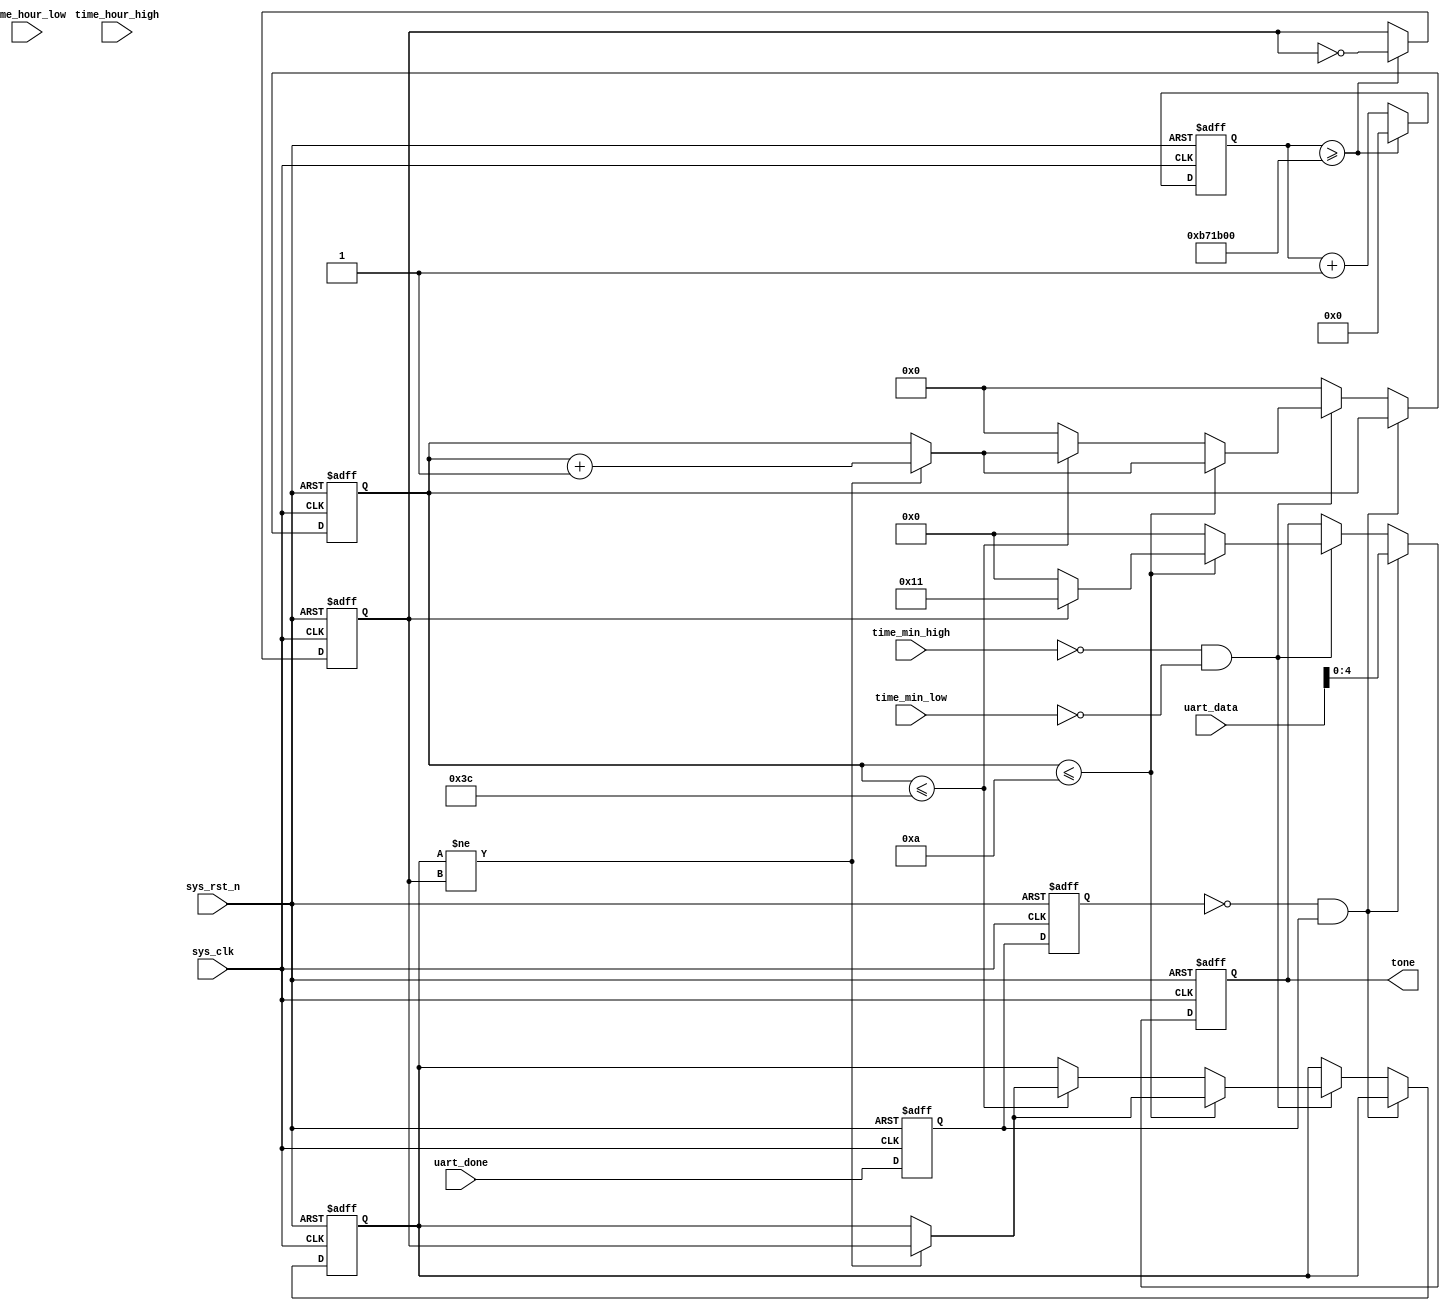
module uart2tone (
    input               sys_clk,
    input               sys_rst_n,
    input               uart_done,
    input   [7:0]       uart_data,
    input	 [3:0]	    time_hour_high,
	input	 [3:0]	    time_hour_low,
	input	 [3:0]	    time_min_high,
	input	 [3:0]	    time_min_low,

    output  reg [4:0]   tone
);

reg recv_done_d0;
reg recv_done_d1;

wire recv_done_flag;

assign recv_done_flag = (~recv_done_d1) & recv_done_d0;

reg clk_1s;
reg [24:0] clk_1s_cnt;
always @(posedge sys_clk or negedge sys_rst_n) begin
    if (!sys_rst_n) begin
        clk_1s <= 0;
        clk_1s_cnt <= 0;
    end else if (clk_1s_cnt >= 12_000_000) begin
        clk_1s_cnt <= 0;
        clk_1s <= ~clk_1s;
    end else begin
        clk_1s_cnt <= clk_1s_cnt + 1;
    end
end

reg [6:0] alarm_cnt;
reg clk_1s_temp;
always @(posedge sys_clk or negedge sys_rst_n) begin
    if (!sys_rst_n) begin
        tone = 0;
        alarm_cnt = 0;
        clk_1s_temp = 0;
    end else begin
        if (recv_done_flag) begin
            tone = uart_data;        //
        end else if ((time_min_high == 0) && (time_min_low == 0)) begin
            if (alarm_cnt <= 10) begin
                if (clk_1s_temp != clk_1s) begin
                    clk_1s_temp = clk_1s;
                    alarm_cnt = alarm_cnt + 1;
                end 
                if (clk_1s) begin
                    tone = 5'h11;
                end else begin
                    tone = 0;
                end   
            end else if (alarm_cnt <= 60)begin
                tone = 0;
                if (clk_1s_temp != clk_1s) begin
                    clk_1s_temp = clk_1s;
                    alarm_cnt = alarm_cnt + 1;
                end 
            end else begin
                alarm_cnt = 0;
                tone = 0;
            end
        end else begin
            alarm_cnt = 0;
        end
    end
end

always @(posedge sys_clk or negedge sys_rst_n) begin         
    if (!sys_rst_n) begin
        recv_done_d0 <= 1'b0;                                  
        recv_done_d1 <= 1'b0;
    end                                                      
    else begin                                               
        recv_done_d0 <= uart_done;                               
        recv_done_d1 <= recv_done_d0;                            
    end
end
    
endmodule